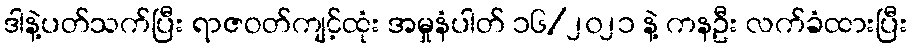
ဒါနဲ့ပတ်သက်ပြီး ရာဇဝတ်ကျင့်ထုံး အမှုနံပါတ် ၁၆/၂၀၂၁ နဲ့ ကနဦး လက်ခံထားပြီး